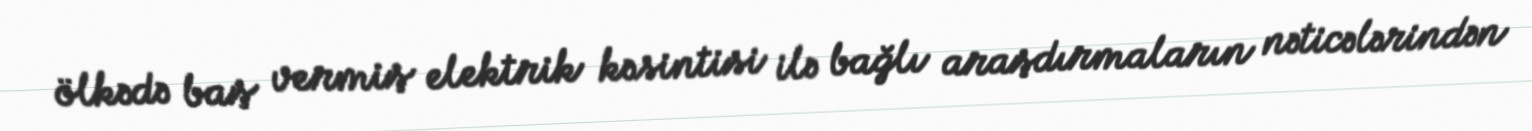
ölkədə baş vermiş elektrik kəsintisi ilə bağlı araşdırmaların nəticələrindən